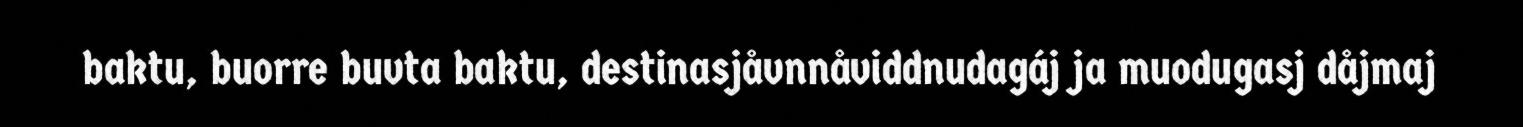
baktu, buorre buvta baktu, destinasjåvnnåviddnudagáj ja muodugasj dåjmaj